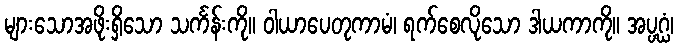
များသောအဖိုးရှိသော သင်္ကန်းကို။ ဝါယာပေတုကာမံ၊ ရက်စေလိုသော ဒါယကာကို။ အပ္ပဂ္ဃံ၊